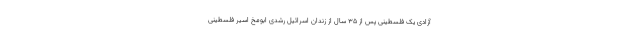
آزادی یک فلسطینی پس از ۳۵ سال از زندان اسرائیل رشدی ابومخ اسیر فلسطینی